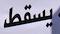
يسقط